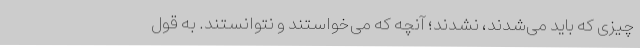
چیزی که باید می‌شدند، نشدند؛ آنچه که می‌خواستند و نتوانستند. به قول